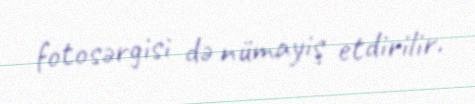
fotosərgisi də nümayiş etdirilir.